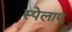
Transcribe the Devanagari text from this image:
स्पेलाए